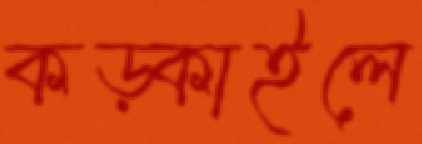
কড়্‌কাইলে